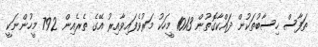
ތަފާސް ހިސާބުތަކުން ދައްކާގޮތުން 1013 މީހަކު މަރުވެފައިވާއިރު އޭގެ ތެރެއިން 792 މީހުންނަކީ